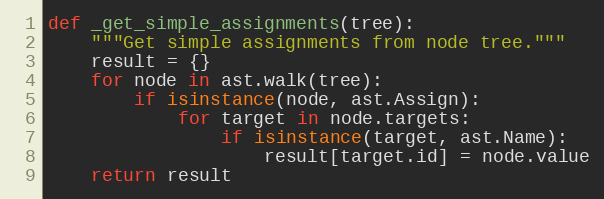
Language: Python
def _get_simple_assignments(tree):
    """Get simple assignments from node tree."""
    result = {}
    for node in ast.walk(tree):
        if isinstance(node, ast.Assign):
            for target in node.targets:
                if isinstance(target, ast.Name):
                    result[target.id] = node.value
    return result